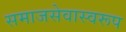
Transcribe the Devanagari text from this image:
समाजसेवास्वरूप